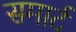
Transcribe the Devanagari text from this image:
समार्ट